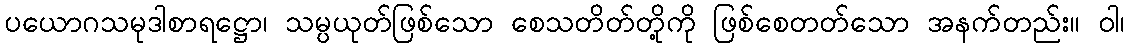
ပယောဂသမုဒါစာရဋ္ဌော၊ သမ္ပယုတ်ဖြစ်သော စေသတိတ်တို့ကို ဖြစ်စေတတ်သော အနက်တည်း။ ဝါ၊